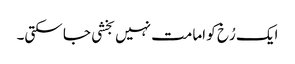
ایک رُخ کو امامت نہیں بخشی جا سکتی۔